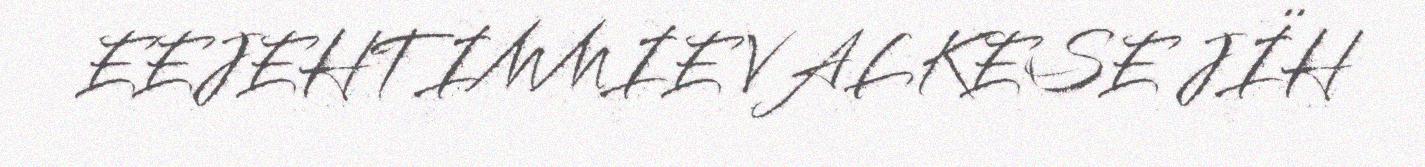
EEJEHTIMMIE VALKESE JÏH